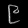
Digit: ၉